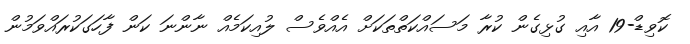
ކޮވިޑް-19 އާއި ގުޅިގެން ކުރާ މަސައްކަތްތަކަށް އެއްވެސް ލުއިކަމެއް ނާންނަ ކަން ފާހަގަކުރައްވަމުން